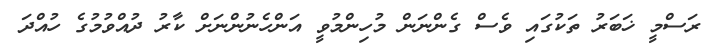
ރަސްމީ ޚަބަރު ތަކުގައި ވެސް ގެންނަން މުހިންމުވީ އަންހެނުންނަށް ކާރު ދުއްވުމުގެ ހުއްދަ